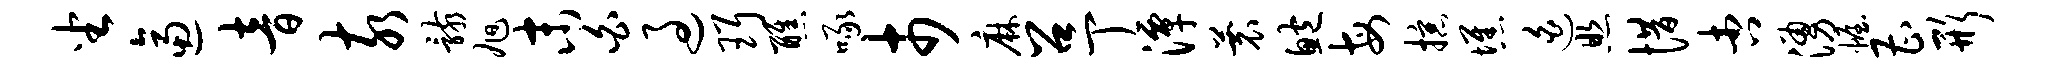
坐逼音亥骸旭末白过珥醮啄市麻召丁潭蓑鲍每掠憔迫照惜杏涌幄曹形